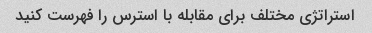
استراتژی مختلف برای مقابله با استرس را فهرست کنید